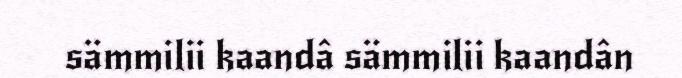
sämmilii kaandâ sämmilii kaandân